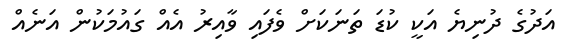
އަދުގެ ދުނިޔެ އަކީ ކުޑަ ތަނަކަށް ވެފައި ވާއިރު އެއް ގައުމަކުން އަނެއް